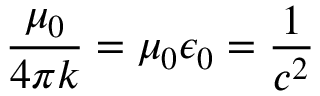
\frac { \mu _ { 0 } } { 4 \pi k } = \mu _ { 0 } \epsilon _ { 0 } = \frac { 1 } { c ^ { 2 } }